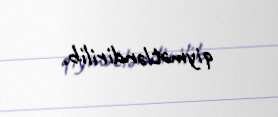
qiymətləndirilib.